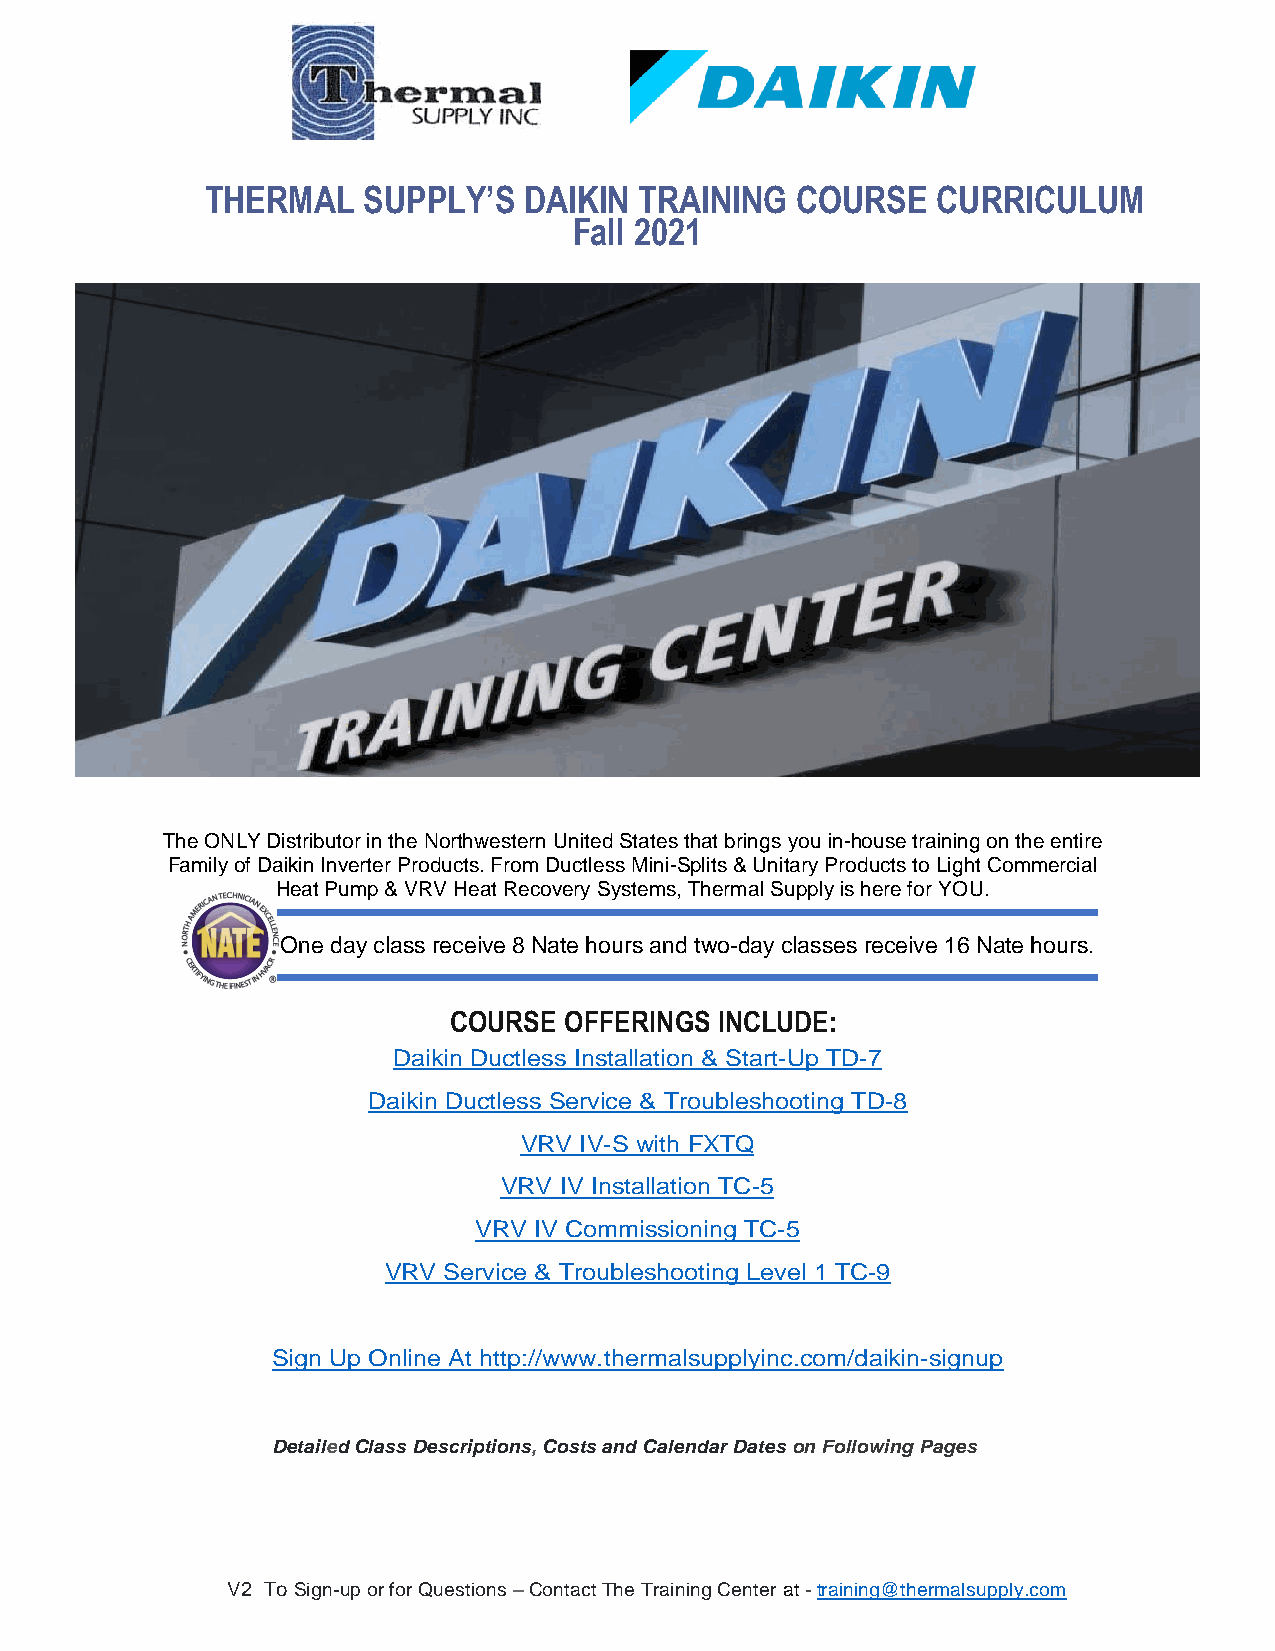
THERMAL   SUPPLY’S   DAIKIN TRAINING   COURSE   CURRICULUM
 Fall 2021
 The ONLY Distributor in the Northwestern United States that brings you in-house training on the entire
 Family of Daikin Inverter Products. From Ductless Mini-Splits & Unitary Products to Light Commercial
 Heat Pump & VRV Heat Recovery Systems, Thermal Supply is here for YOU.
 One day class receive 8 Nate hours and two-day classes receive 16 Nate hours.
 COURSE OFFERINGS  INCLUDE:
 Daikin Ductless Installation & Start-Up TD-7
 Daikin Ductless Service & Troubleshooting TD-8
 VRV IV-S with FXTQ
 VRV IV Installation TC-5
 VRV IV Commissioning TC-5
 VRV Service & Troubleshooting Level 1 TC-9
 Sign Up Online At http://www.thermalsupplyinc.com/daikin-signup
 Detailed Class Descriptions, Costs and Calendar Dates on Following Pages
 V2 To Sign-up or for Questions – Contact The Training Center at - training@thermalsupply.com